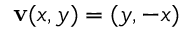
\mathbf { v } ( x , y ) = ( y , - x )